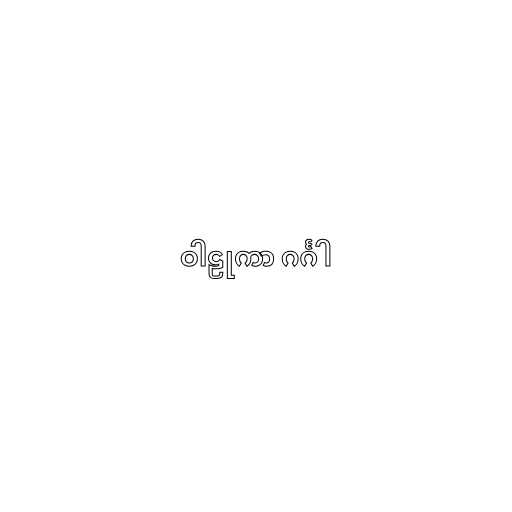
ဝါဠုကာ ဂင်္ဂါ